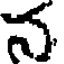
న